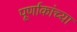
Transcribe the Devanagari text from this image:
पूर्णाकांच्या